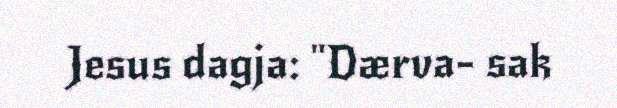
Jesus dagja: "Dærva- sak